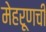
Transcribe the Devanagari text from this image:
मेहरूणची